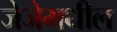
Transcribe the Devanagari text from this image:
जेजेमधील